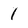
Character: 1